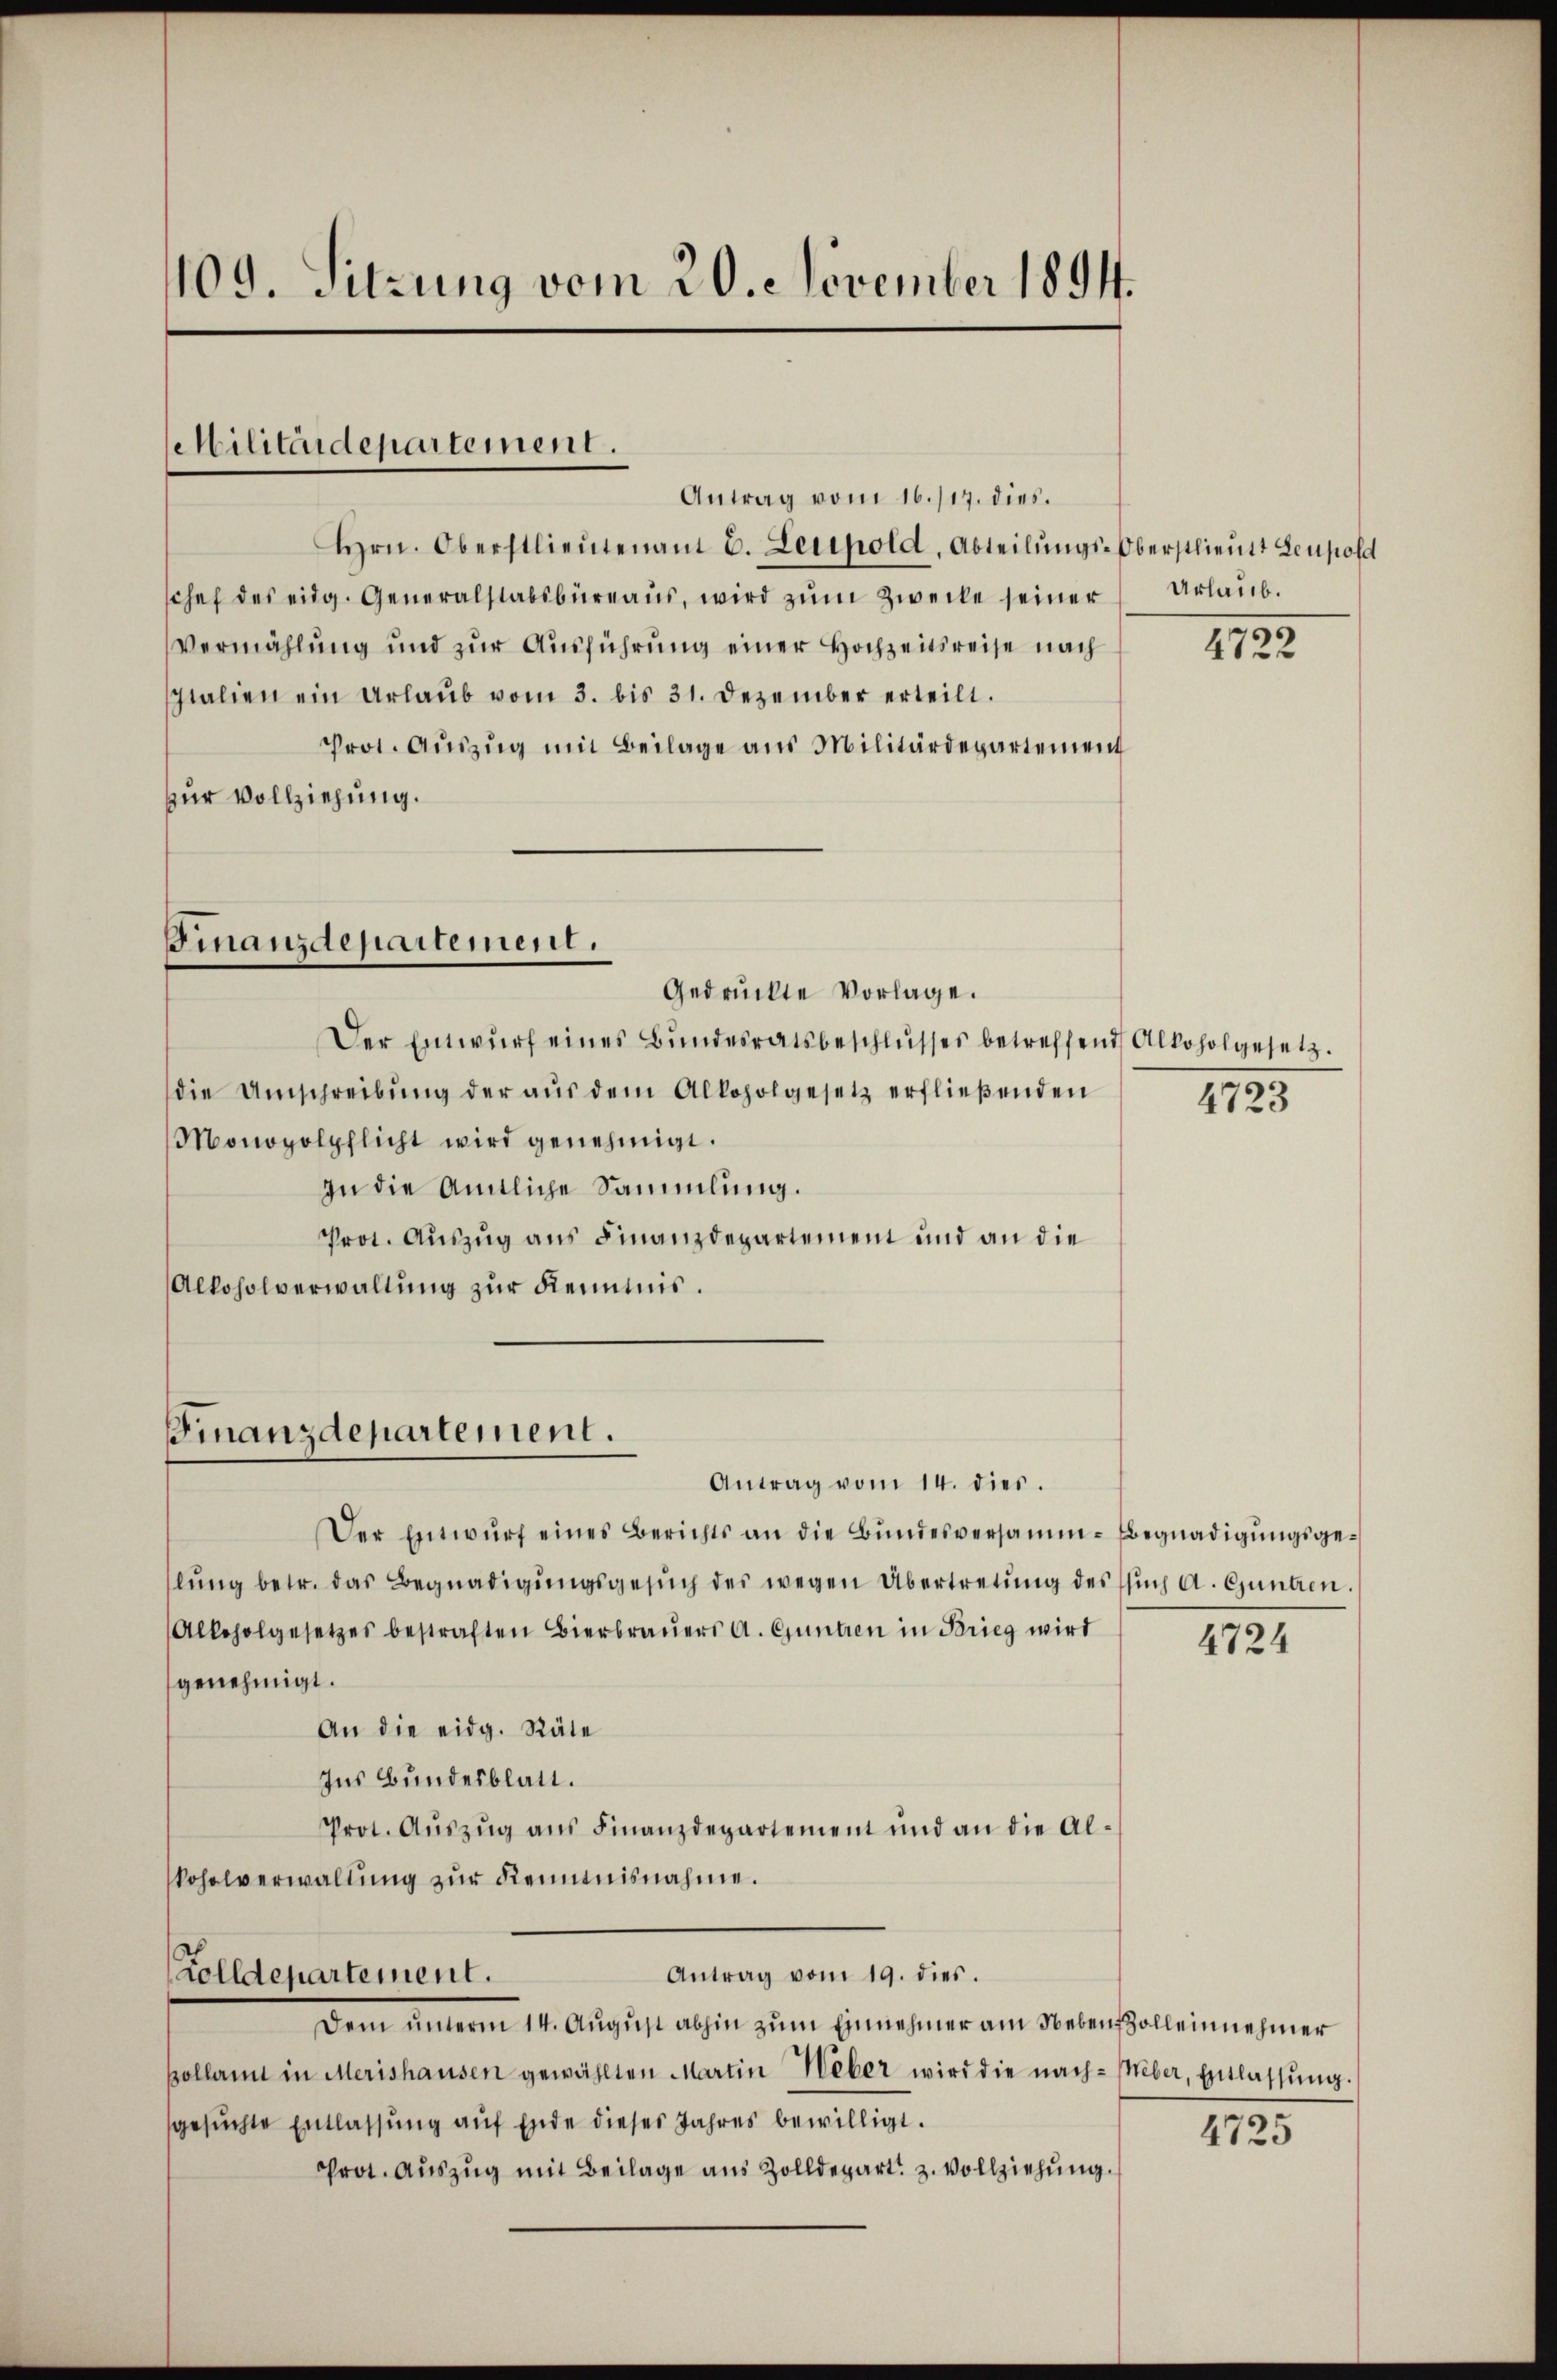
109. Sitzung vom 20. November 1894.

Militärdepartement.

Antrag vom 16./17. dies.
Hrn. Oberstlieutenant C. Leupold, Abteilŭngs-Oberstlieutt Leupold
schef des eidg. Generalstabsbureaus, wird zum Zwecke seiner
Vermählŭng und zŭr Aŭsführŭng einer Hochzeitsreise nach
Jtalien ein Urlaŭb vom 3. bis 31. Dezember erteilt.
Prot. Aŭszŭg mit Beilage aus Militärdepartement
zur Vollziehung.

Antrag vom 14. dies.
Der Entwŭrf eines Berichts an die Bŭndesversamm-Begnadigŭngsgelŭng betr. das Begnadigŭngsgesŭch des wegen Übertretŭng des Esŭch A. Günten.
Alkoholgesetzes bestraften Bierbraŭers A. Güntien in Brieg wird
genehmigt.
An die eidg. Räte
Ins Bundesblatt.
Prot. Aŭszŭg ans Finanzdepartement und an die Al-
kohalverwaltung zur Reinenisnahme.

Finanzdepartement.
Gedrückte Vorlage.

Finanzdepartement.

Zolldepartement.

Antrag vom 19. dies.

Der Entwŭrf eines Bŭndesratsbeschlŭsses betreffend Alkoholgesetz.
die Umschreibŭng der aŭs dem Alkoholgesetz erfließenden
Monopolpflicht wird genehmigt.
In die Amtliche Sammlung.
Prot. Auszug aus Finanzdepartement und an die
Alkoholverwaltung zur Kenntnis.

Urlaub.

Dem ŭnterm 14. Aŭgŭst abhin zŭm Einnehmer am Neben solleinnehmer
Bollan in Merishausen gewählten Martin Weber wird die nach-Meber, Entlassŭng.
gesŭchte Entlassŭng auf Ende dieses Jahres bewilligt.
Prot. Aŭszŭg mit Beilage aus Zolldepart. z. Vollziehŭng.

4722

4723

4724

4725